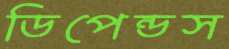
ডিপেন্ডস